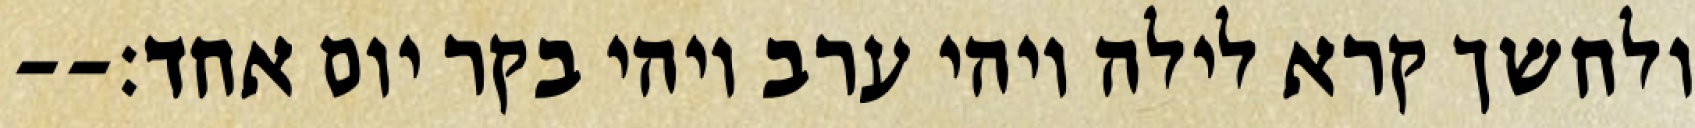
ולחשך קרא לילה ויהי ערב ויהי בקר יום אחד׃--